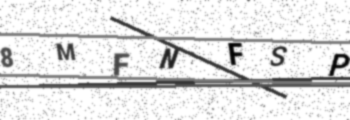
Text: 8MFNFSP